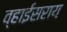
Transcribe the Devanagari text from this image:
व्हाईसराय